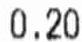
0.20